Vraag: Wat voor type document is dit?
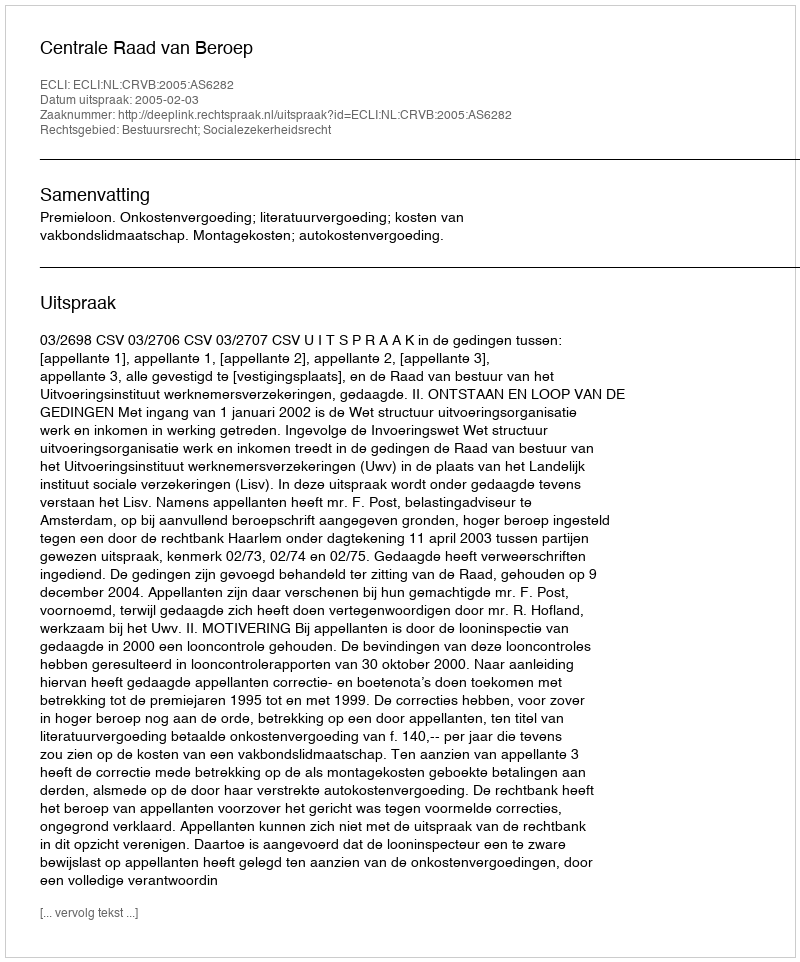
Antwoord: Uitspraak